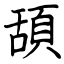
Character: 頢